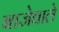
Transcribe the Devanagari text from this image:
बाजेवाले